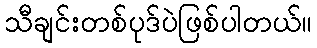
သီချင်းတစ်ပုဒ်ပဲဖြစ်ပါတယ်။